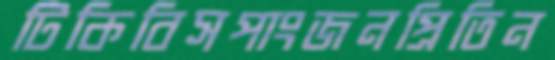
টিকিবিসপাংজনপ্রিতিন